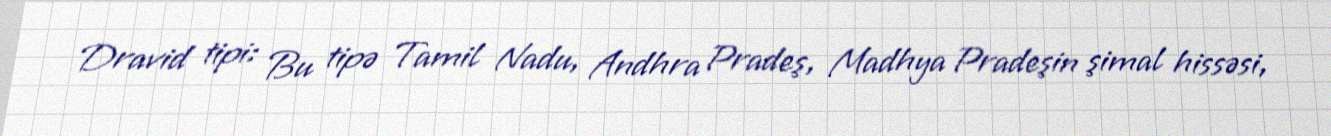
Dravid tipi: Bu tipə Tamil Nadu, Andhra Pradeş, Madhya Pradeşin şimal hissəsi,